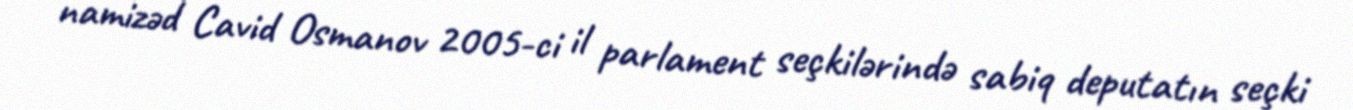
namizəd Cavid Osmanov 2005-ci il parlament seçkilərində sabiq deputatın seçki